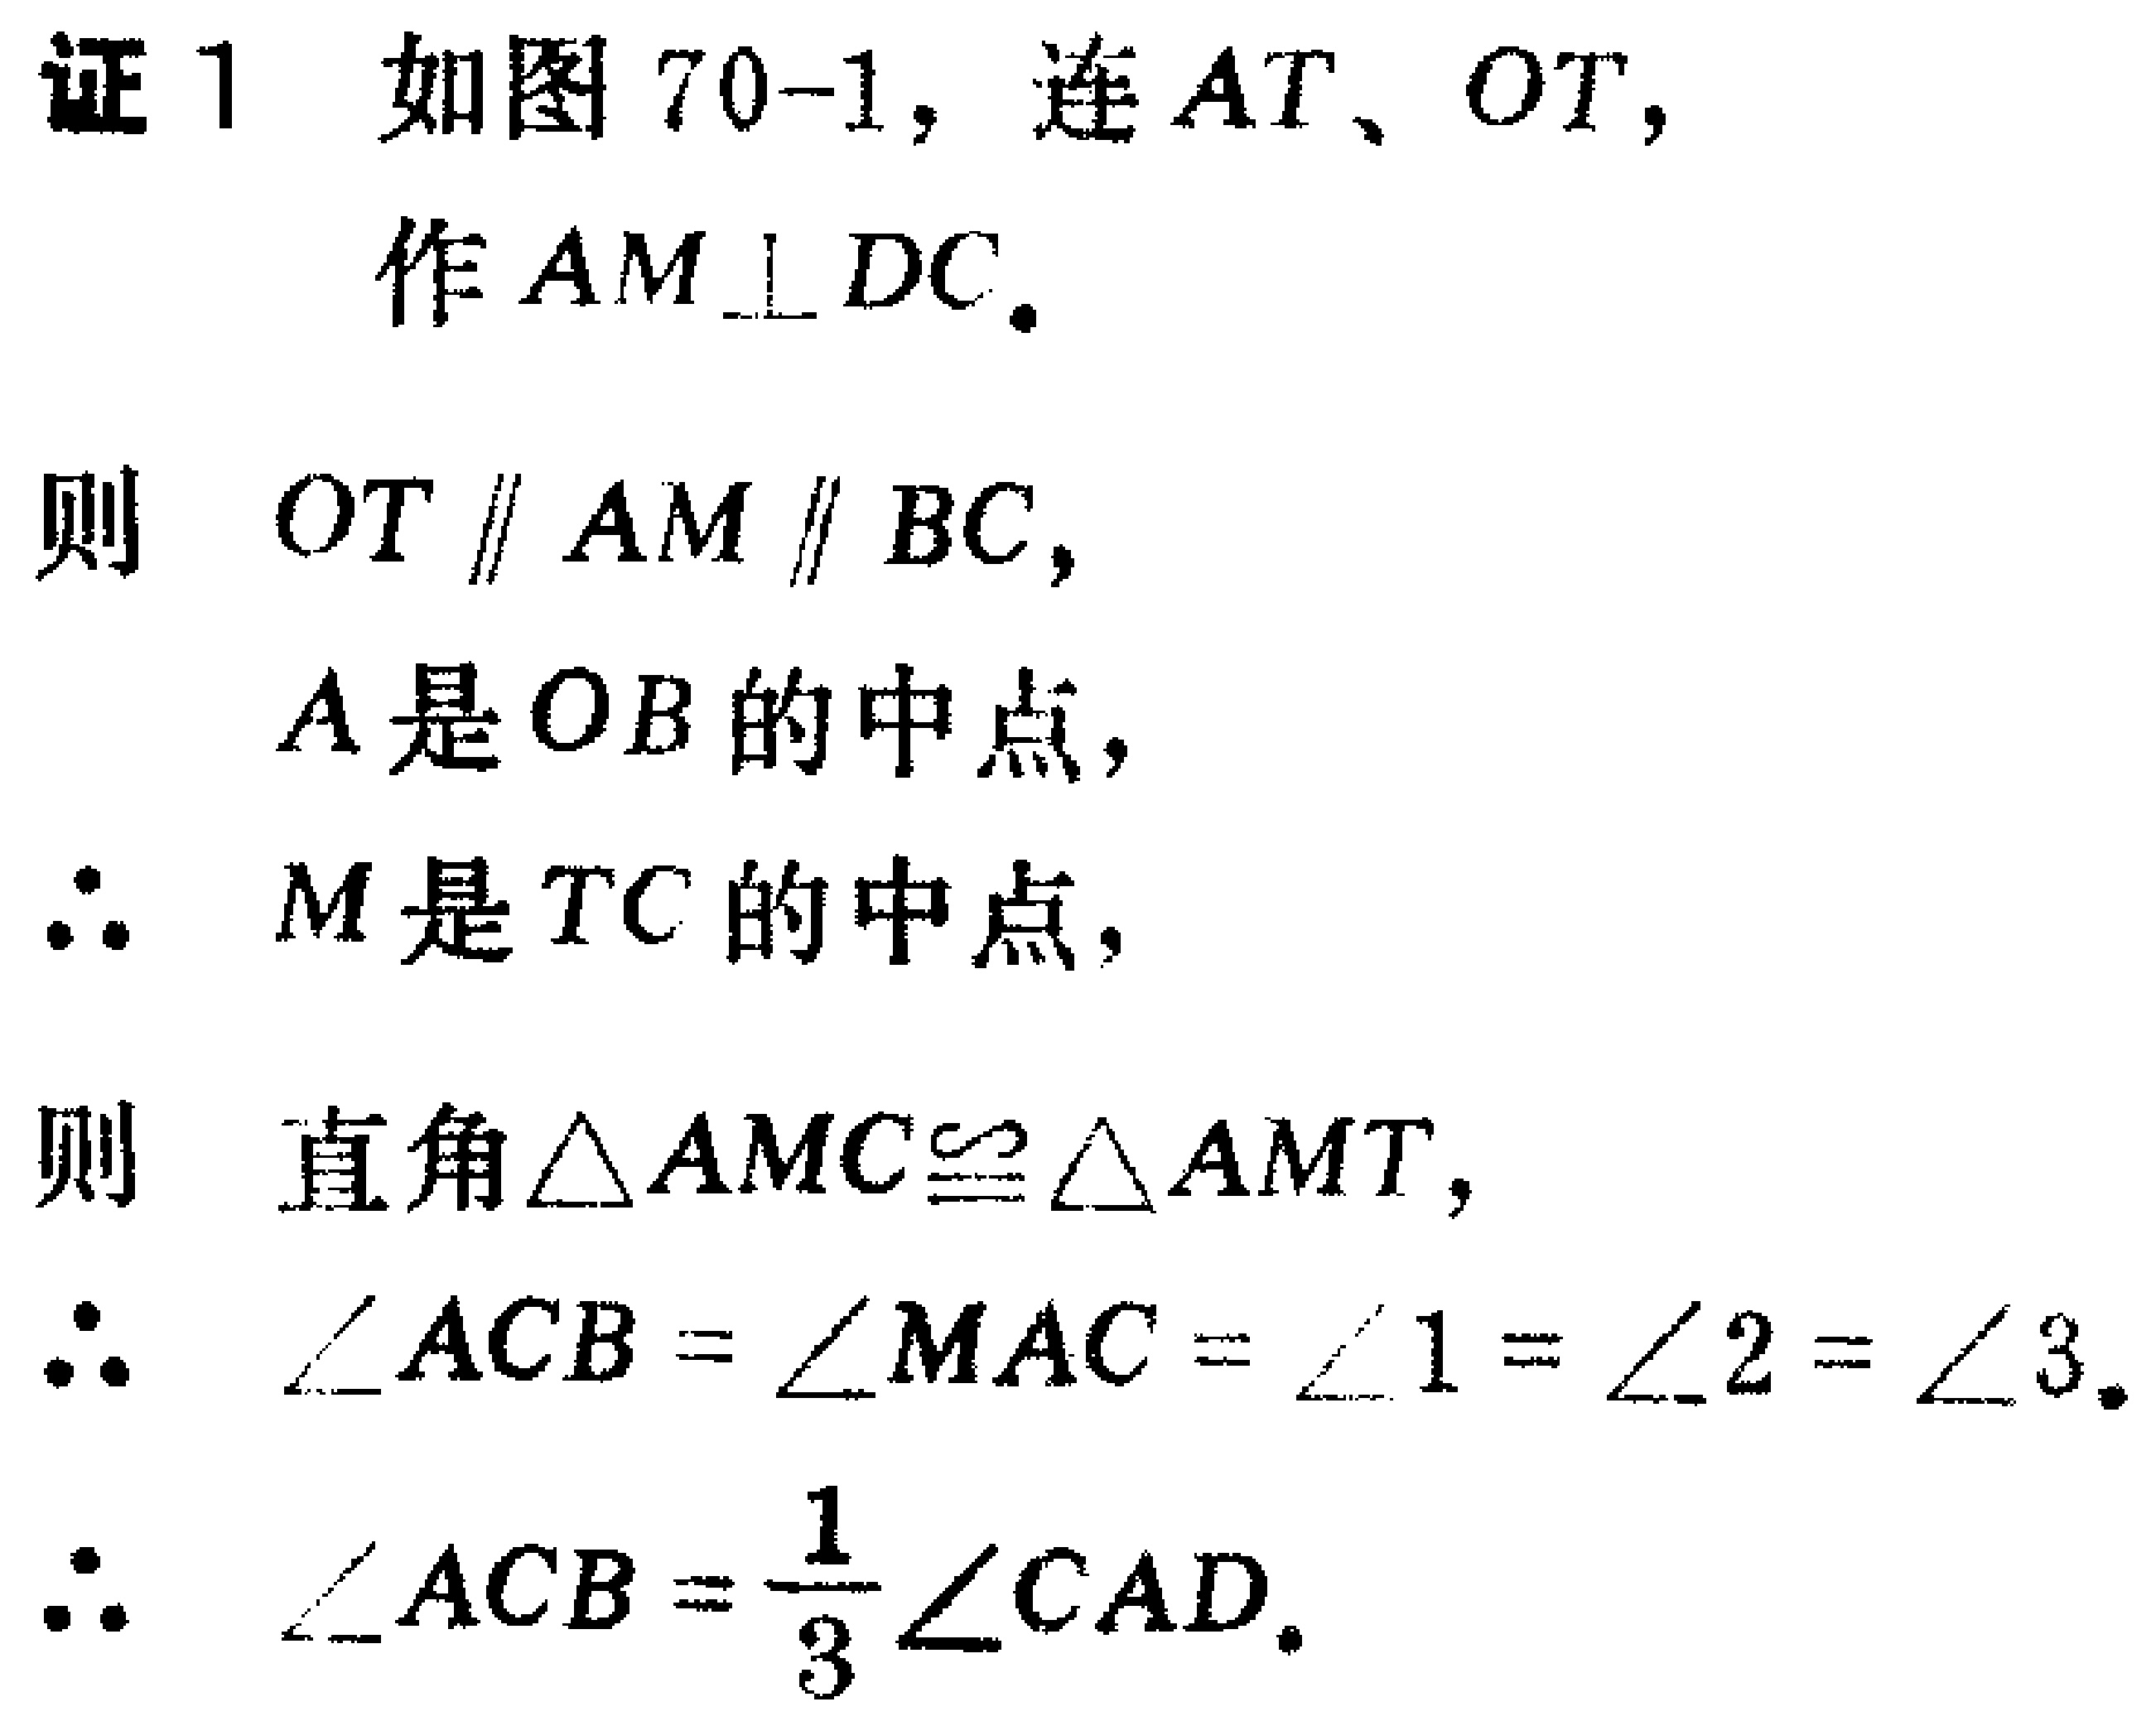
证1 如图70-1，连\(AT\)、\(OT\)，
作\(AM\perp DC\)。
则 \(OT \parallel AM \parallel BC\)，
\(A\)是\(OB\)的中点，
\(\therefore\) \(M\)是\(TC\)的中点，
则 直角\(\triangle AMC\cong\triangle AMT\)，
\(\therefore\) \(\angle ACB = \angle MAC = \angle 1 = \angle 2 = \angle 3\)。
\(\therefore\) \(\angle ACB =\frac{1}{3}\angle CAD\)。